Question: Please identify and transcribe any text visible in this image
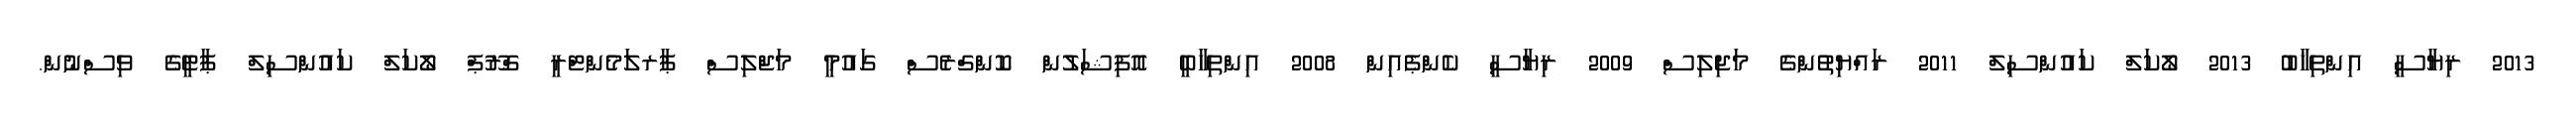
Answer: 2013 ރިޔާސީ އިންތިޚާބު 2013 ލޯކަލް ކައުންސިލް 2011 ރައްޔިތުންގެ މަޖިލިސް 2009 ރިޔާސީ ކެންޕެއިން 2008 އިންތިހާބީ އޮފިޝަލުން ކޮންގްރެސް ގައުމީ މަޖްލިސް ޕާރލަމެންޓްރީ ގްރޫޕް ލޯކަލް ކައުންސިލް ޕާޓީގެ ވިސްނުން.